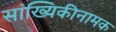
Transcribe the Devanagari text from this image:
सांख्यिकीनामक